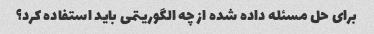
برای حل مسئله داده شده از چه الگوریتمی باید استفاده کرد؟